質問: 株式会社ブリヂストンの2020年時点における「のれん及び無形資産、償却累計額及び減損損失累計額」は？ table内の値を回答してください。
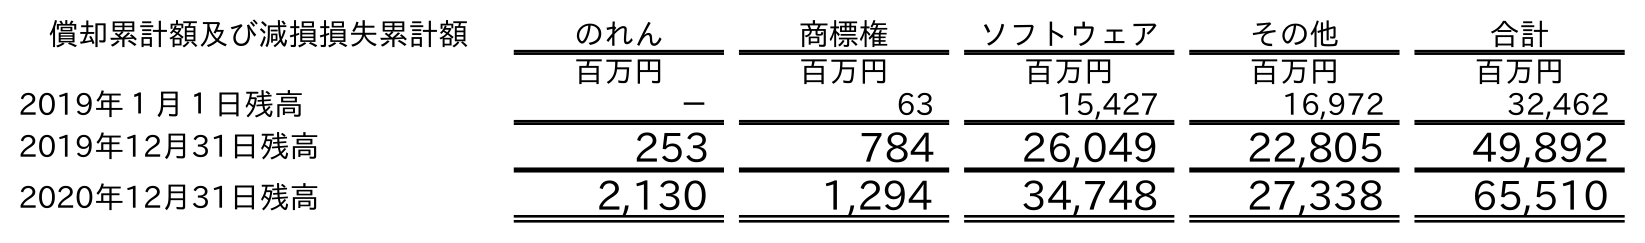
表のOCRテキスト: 償却累計額及び減損損失累計額 のれん 商標権 ソフトウェア その他 合計 百万円 百万円 百万円 百万円 百万円 2019年１月１日残高 － 63 15,427 16,972 32,462 2019年12月31日残高 253 784 26,049 22,805 49,892 2020年12月31日残高 2,130 1,294 34,748 27,338 65,510
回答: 65,510